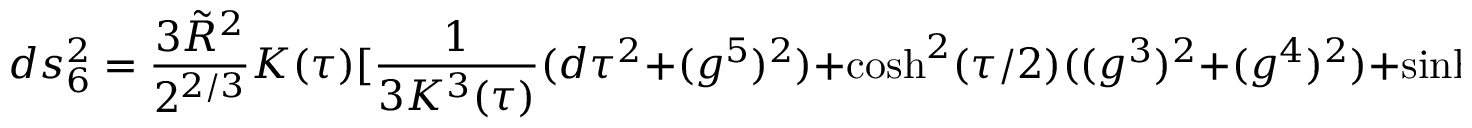
d s _ { 6 } ^ { 2 } = { \frac { 3 { \tilde { R } } ^ { 2 } } { 2 ^ { 2 / 3 } } } K ( \tau ) [ { \frac { 1 } { 3 K ^ { 3 } ( \tau ) } } ( d \tau ^ { 2 } + ( g ^ { 5 } ) ^ { 2 } ) + \cosh ^ { 2 } ( \tau / 2 ) ( ( g ^ { 3 } ) ^ { 2 } + ( g ^ { 4 } ) ^ { 2 } ) + \sinh ^ { 2 } ( \tau / 2 ) ( ( g ^ { 1 } ) ^ { 2 } + ( g ^ { 2 } ) ^ { 2 } ) ] .